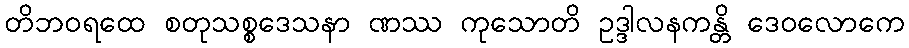
တိဘဝရထေ စတုသစ္စဒေသနာ ဏဿ ကုသောတိ ဥဒ္ဒါလနကန္တိ ဒေဝလောကေ